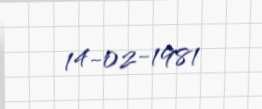
14-02-1981